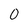
Character: O